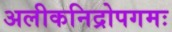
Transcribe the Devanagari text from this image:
अलीकनिद्रोपगमः